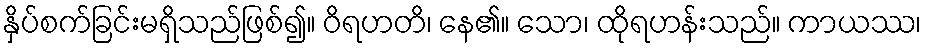
နှိပ်စက်ခြင်းမရှိသည်ဖြစ်၍။ ဝိရဟတိ၊ နေ၏။ သော၊ ထိုရဟန်းသည်။ ကာယဿ၊